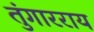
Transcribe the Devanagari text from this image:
तुंगारराय